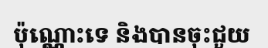
ប៉ុណ្ណោះទេ និងបានចុះជួយ